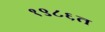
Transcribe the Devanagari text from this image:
१९८६त